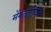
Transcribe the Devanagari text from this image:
मेंग्लोरीयन